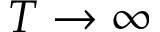
T \to \infty